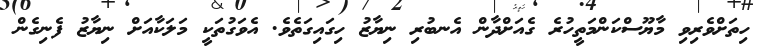
ހިތަށްވެރިވި މާޔޫސްކަންމަތީހުރެ ގެއަށްދާން އެނބުރި ނިޔާޒު ހިގައިގަތެވެ. އެވަގުތަކީ މަލަކާއަށް ނިޔާޒު ފެނިގެން